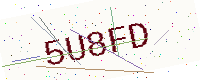
Text: 5U8FD